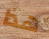
هذا